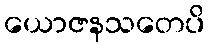
ယောဇနသတေပိ